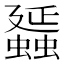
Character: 䗺